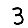
Digit: 3